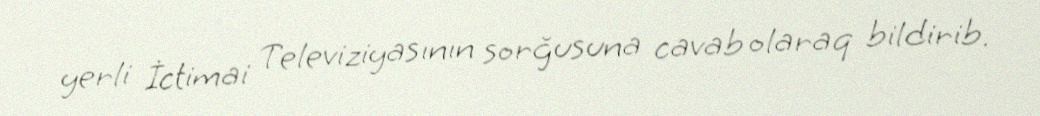
yerli İctimai Televiziyasının sorğusuna cavab olaraq bildirib.